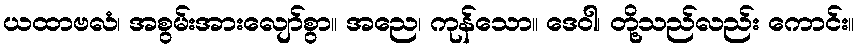
ယထာဗလံ၊ အစွမ်းအားလျော်စွာ။ အညေ၊ ကုန်သော။ ဒေဝါ၊ တို့သည်လည်း ကောင်း။